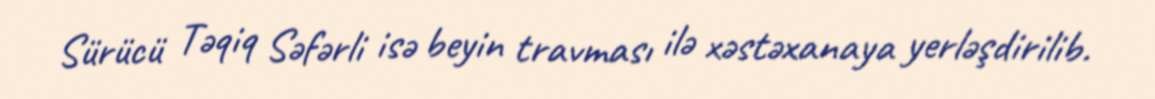
Sürücü Təqiq Səfərli isə beyin travması ilə xəstəxanaya yerləşdirilib.